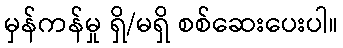
မှန်ကန်မှု ရှိ/မရှိ စစ်ဆေးပေးပါ။